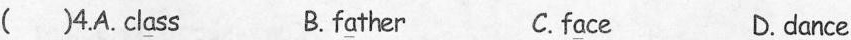
( )4.A. Cl \underline{a} ss B. f\underline{a} ther C. f\underline{a} ce D.d\underline{a} nce